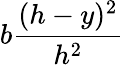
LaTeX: b{\frac{(h-y)^{2}}{h^{2}}}